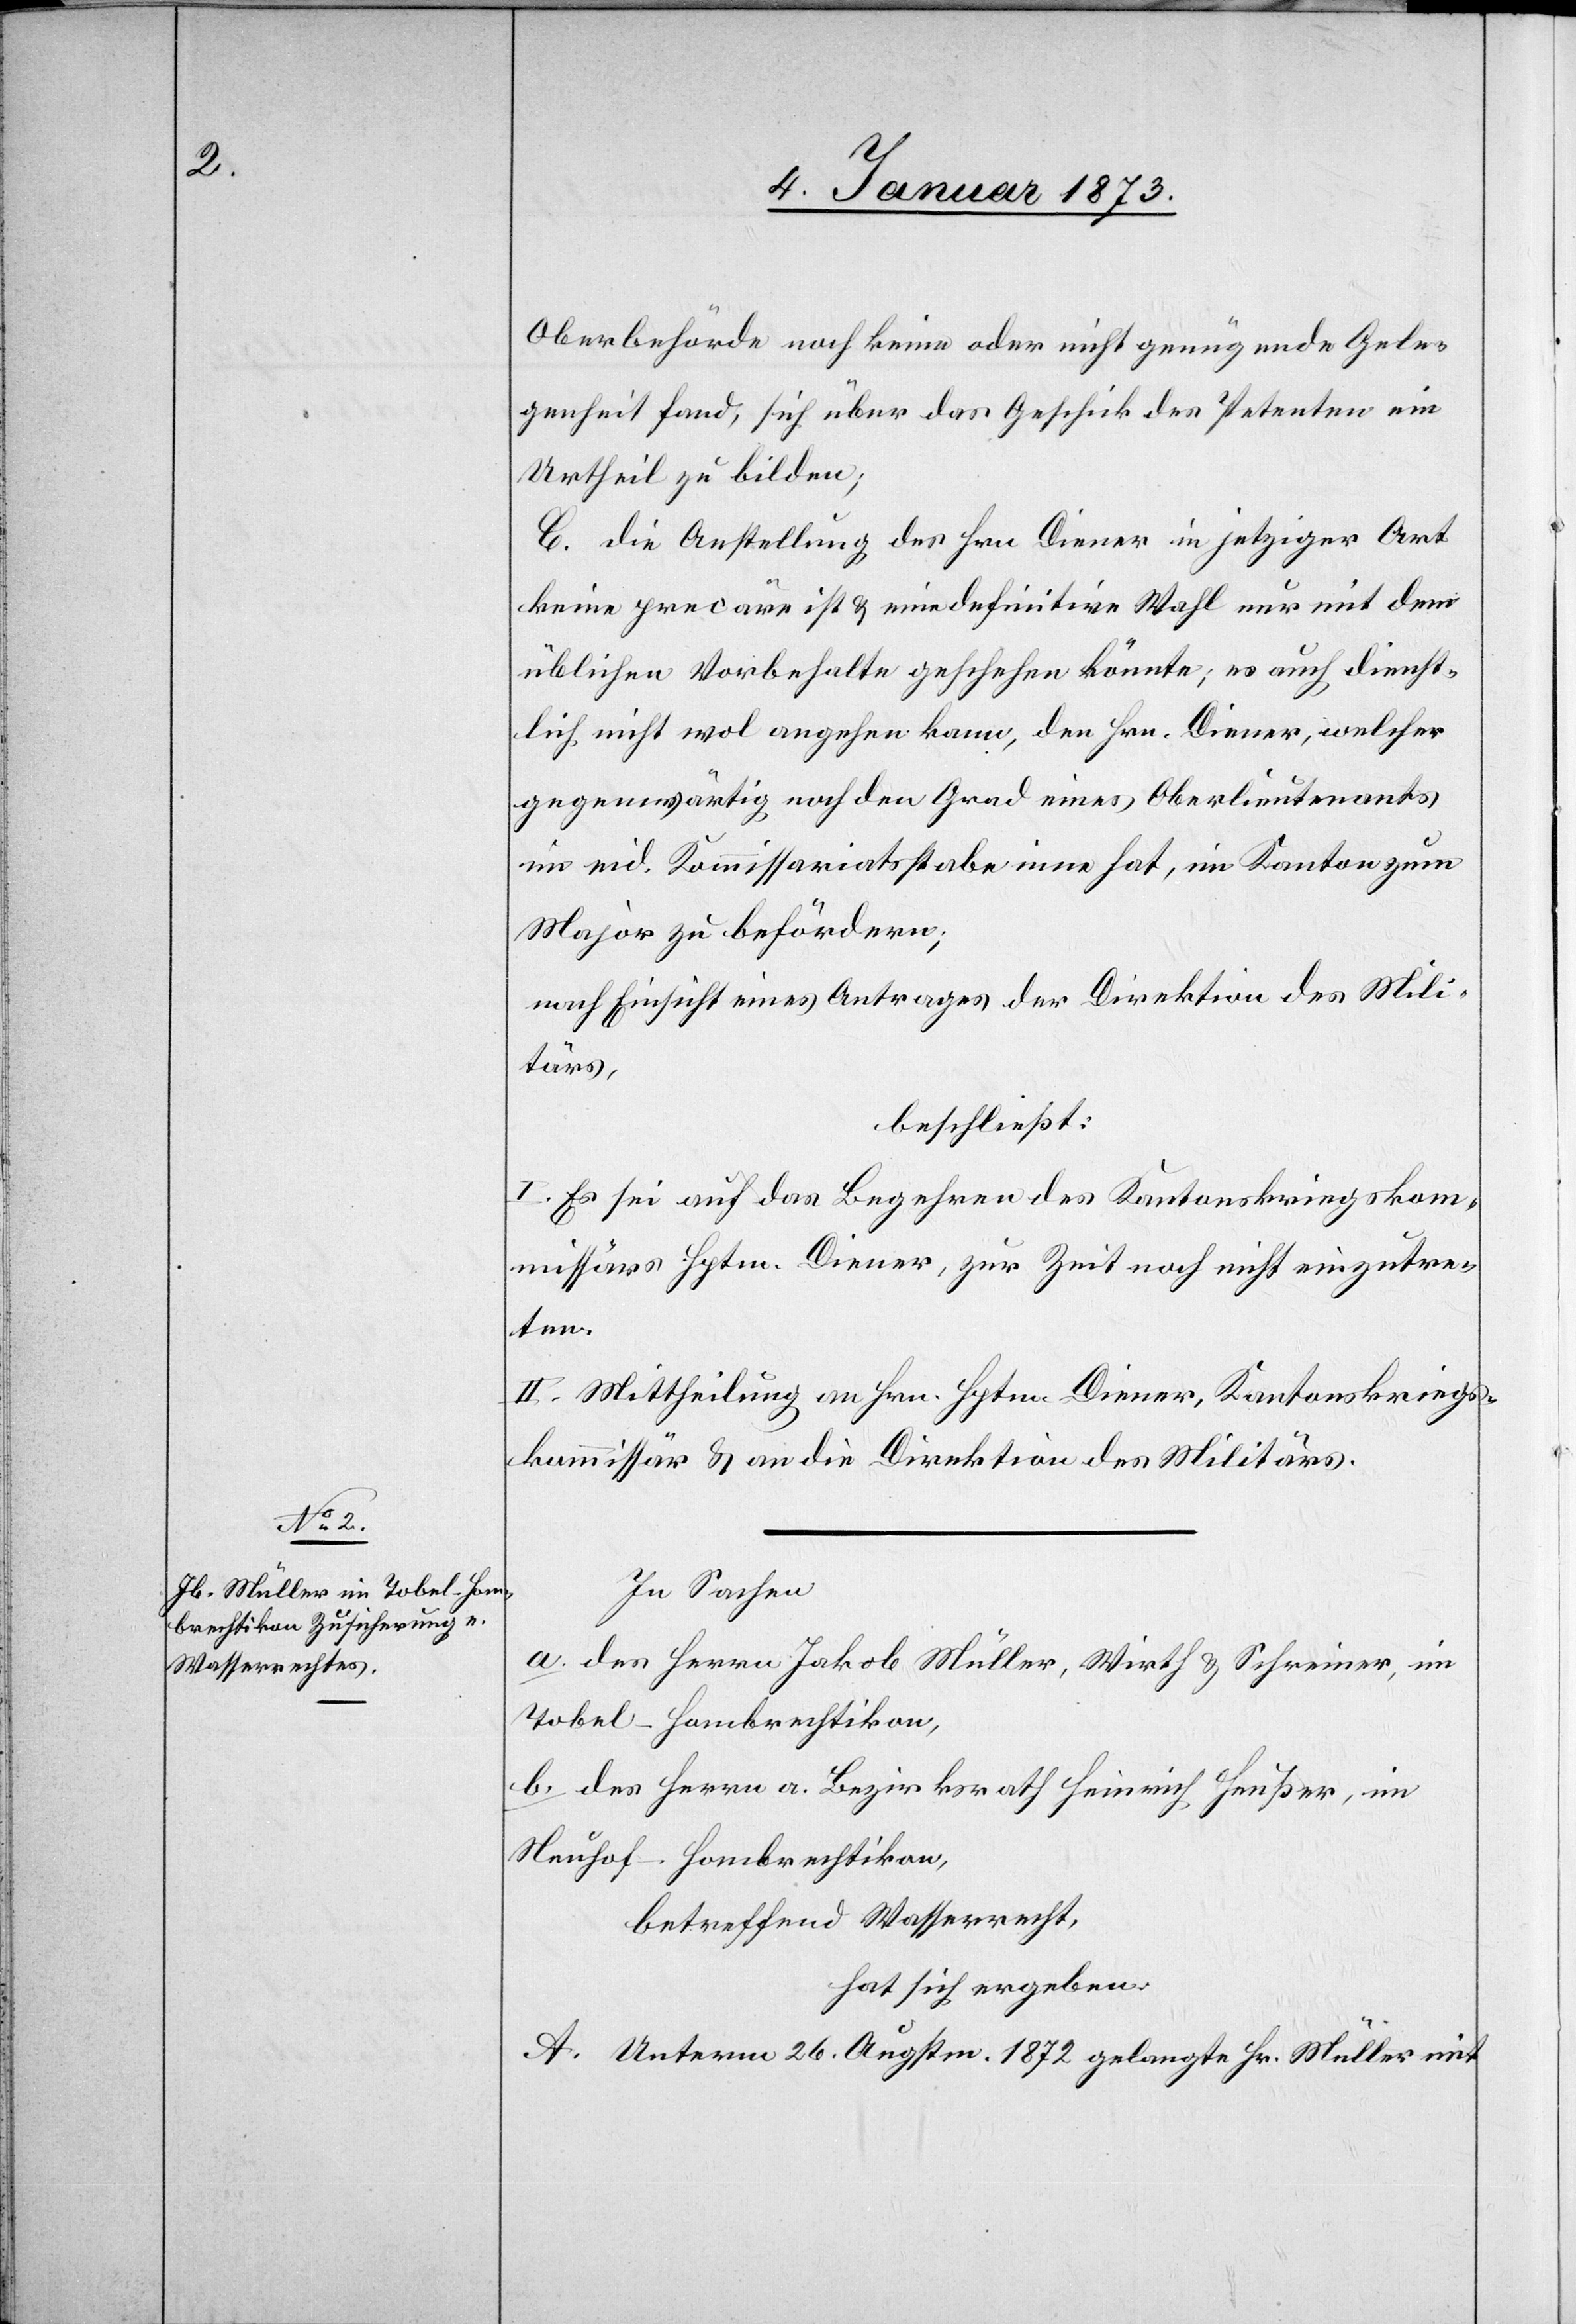
Oberbehörde noch keine oder nicht genügende Gele¬
genheit fand, sich über das Geschick des Petenten ein
Urtheil zu bilden;
C. die Anstellung des Hrn. Diener in jetziger Art
keine precäre ist u. eine definitive Wahl nur mit dem
üblichen Vorbehalte geschehen könnte; es auch dienst¬
lich nicht wol angehen kann, den Hrn. Diener, welcher
gegenwärtig noch den Grad eines Oberlieutenants
im mil. Kommissariatsstabe inne hat, im Kanton zum
Major zu befördern;
nach Einsicht eines Antrages der Direktion des Mili¬
tärs,
beschließt:
I. Es sei auf das Begehren des Kantonskriegskom¬
missärs Hptm. Diener, zur Zeit noch nicht einzutre¬
ten.
II. Mittheilung an Hrn. Hptm. Diener, Kantonskriegs¬
kommissär u. an die Direktion des Militärs.
In Sachen
a. des Herrn Jakob Müller, Wirth & Schreiner, im
Tobel-Hombrechtikon,
b. des Herrn a. Bezirksrath Heinrich Heußer, im
Neuhof-Hombrechtikon,
betreffend Wasserrecht,
hat sich ergeben:
A. Unterm 26. Augstm. 1872 gelangte Hr. Müller mit